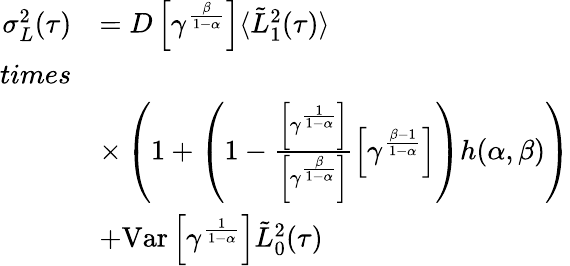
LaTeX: \begin{array}{rl}{\sigma_{L}^{2}(\tau)}&{=D\left[\gamma^{\frac{\beta}{1-\alpha}}\right]\langle\tilde{L}_{1}^{2}(\tau)\rangle}\\ {times}\\ &{\times\left(1+\left(1-\frac{\left[\gamma^{\frac{1}{1-\alpha}}\right]}{\left[\gamma^{\frac{\beta}{1-\alpha}}\right]}\left[\gamma^{\frac{\beta-1}{1-\alpha}}\right]\right)h(\alpha,\beta)\right)}\\ &{+\mathrm{Var}\left[\gamma^{\frac{1}{1-\alpha}}\right]\tilde{L}_{0}^{2}(\tau)}\end{array}